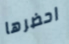
احضرها